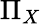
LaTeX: \Pi_{X}